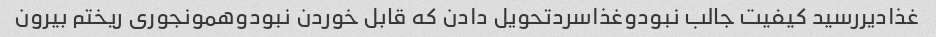
غذادیررسید کیفیت جالب نبودوغذاسردتحویل دادن که قابل خوردن نبودوهمونجوری ریختم بیرون